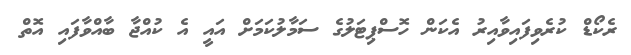
ރެކޯޑް ކުރެވިފައިވާއިރު އެކަން ހޮސްޕިޓަލުގެ ސަމާލުކަމަށް އައީ އެ ކުއްޖާ ބާއްވާފައި އޮތް